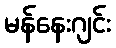
မန်နေးဂျင်း